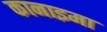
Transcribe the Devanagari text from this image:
कानाइमा